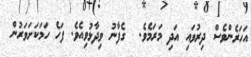
އަހަރެންވެސް ދިރުވައި އަދި މަރަމެވެ.  ގެފާނު ވިދާޅުވިއެވެ. ފަހެ ހަމަކަށަވަރުން